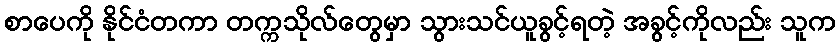
စာပေကို နိုင်ငံတကာ တက္ကသိုလ်တွေမှာ သွားသင်ယူခွင့်ရတဲ့ အခွင့်ကိုလည်း သူက